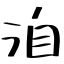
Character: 洎